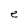
Character: e